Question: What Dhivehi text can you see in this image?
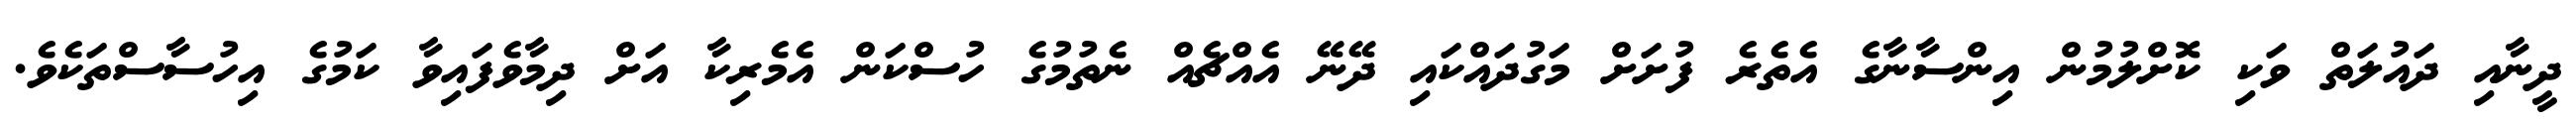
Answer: ދީނާއި ދައުލަތް ވަކި ކޮށްލުމުން އިންސާނާގެ އެތެރެ ފުށަށް މަގުދައްކައި ދޭނޭ އެއްޗެއް ނެތުމުގެ ހުސްކަން އެމެރިކާ އަށް ދިމާވެފައިވާ ކަމުގެ އިހުސާސްތަކެވެ.